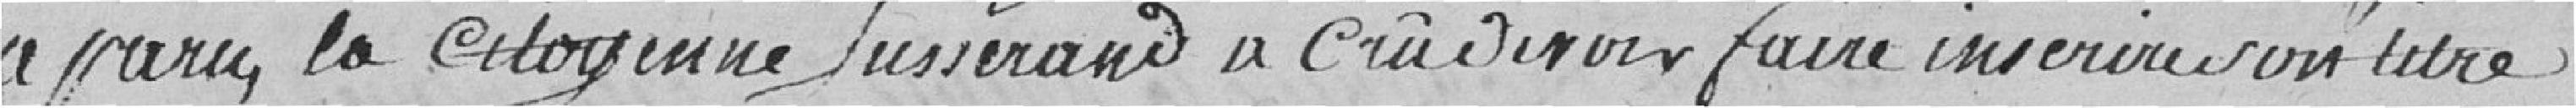
a paru, la citoyenne Jusserand a cru devoir faire inscrire son titre